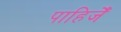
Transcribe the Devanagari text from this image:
पाहिजेँ